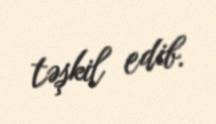
təşkil edib.